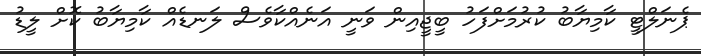
ޕެނަލްޓީ ކާމިޔާބު ކުރުމަށްފަހު ބީޖީއިން ވަނީ އަނެއްކާވެސް ލަނޑެއް ކާމިޔާބު ކޮށް ލީޑު